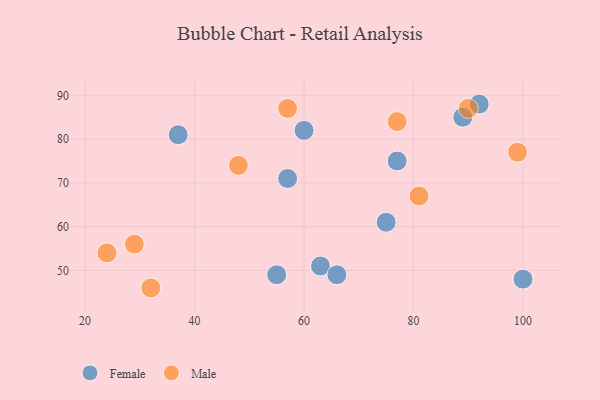
{"axis": {"x": "GDP", "y": "Life Expectancy"}, "legend": ["Female", "Male"], "data": [{"x": "57", "y": 71, "type": "Female"}, {"x": "77", "y": 75, "type": "Female"}, {"x": "89", "y": 85, "type": "Female"}, {"x": "92", "y": 88, "type": "Female"}, {"x": "60", "y": 82, "type": "Female"}, {"x": "75", "y": 61, "type": "Female"}, {"x": "55", "y": 49, "type": "Female"}, {"x": "63", "y": 51, "type": "Female"}, {"x": "37", "y": 81, "type": "Female"}, {"x": "100", "y": 48, "type": "Female"}, {"x": "66", "y": 49, "type": "Female"}, {"x": "48", "y": 74, "type": "Male"}, {"x": "81", "y": 67, "type": "Male"}, {"x": "32", "y": 46, "type": "Male"}, {"x": "57", "y": 87, "type": "Male"}, {"x": "77", "y": 84, "type": "Male"}, {"x": "24", "y": 54, "type": "Male"}, {"x": "99", "y": 77, "type": "Male"}, {"x": "29", "y": 56, "type": "Male"}, {"x": "90", "y": 87, "type": "Male"}]}